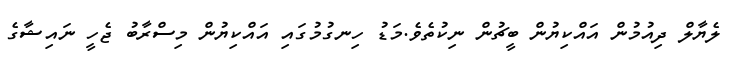
ލެޔާލް ދިއުމުން އައްކިޔުން ބީޗުން ނިކުތެވެ.މަޑު ހިނގުމުގައި އައްކިޔުން މިސްރާބު ޖެހީ ނައިޝާގެ